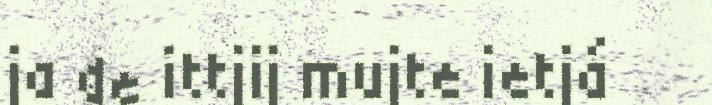
ja de ittjij mujte ietjá